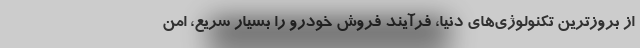
از بروزترین تکنولوژی‌های دنیا، فرآیند فروش خودرو را بسیار سریع، امن‌